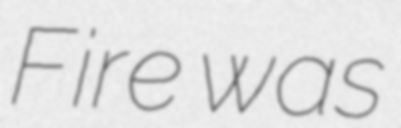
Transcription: Fire was